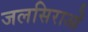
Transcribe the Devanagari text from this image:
जलसिराओं